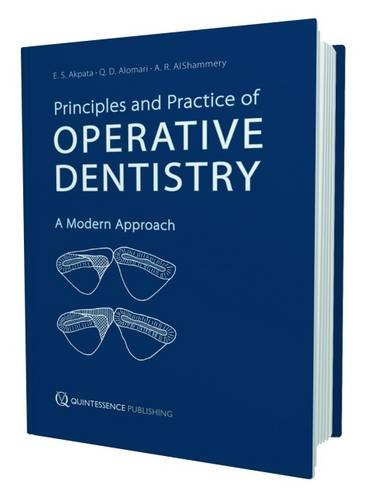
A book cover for Principles and Practice of Operative Dentistry: A Modern Approach; Enosakhare S. Akpata; Medical Books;